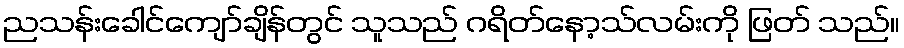
ညသန်းခေါင်ကျော်ချိန်တွင် သူသည် ဂရိတ်နော့သ်လမ်းကို ဖြတ် သည်။